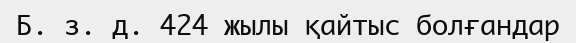
Б. з. д. 424 жылы қайтыс болғандар